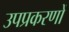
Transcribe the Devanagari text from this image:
उपप्रकरणों